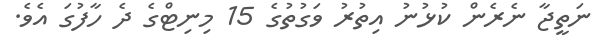
ނަތީޖާ ނެރެން ކުޅުނު އިތުރު ވަގުތުގެ 15 މިނިޓްގެ ދެ ހާފުގަ އެވެ.